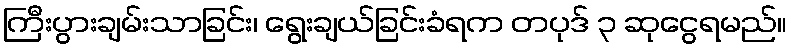
ကြီးပွားချမ်းသာခြင်း၊ ရွေးချယ်ခြင်းခံရက တပုဒ် ၃ ဆုငွေရမည်။